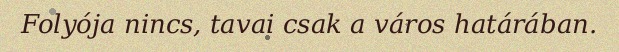
Folyója nincs, tavai csak a város határában.